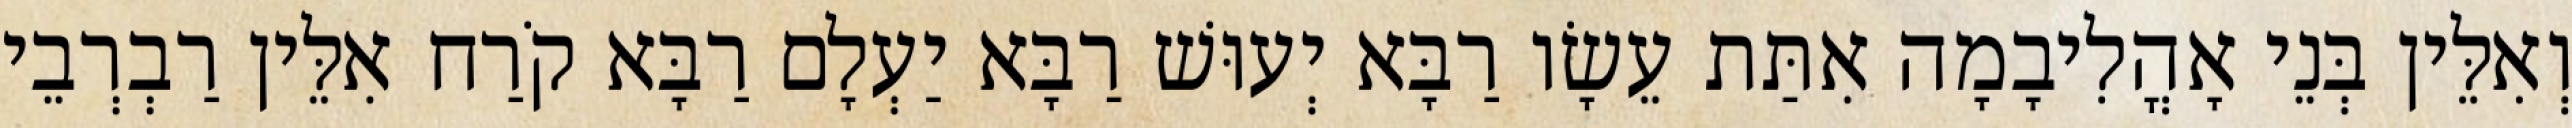
וְאִלֵּין בְּנֵי אָהֳלִיבָמָה אִתַּת עֵשָׂו רַבָּא יְעוּשׁ רַבָּא יַעְלָם רַבָּא קֹרַח אִלֵּין רַבְרְבֵי